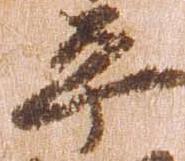
平